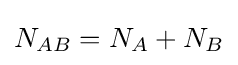
N_{AB}=N_{A}+N_{B}